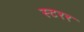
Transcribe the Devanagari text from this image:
स्टरर